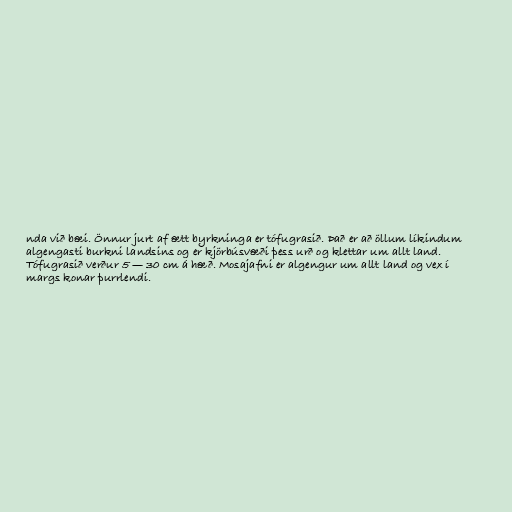
nda við bæi. Önnur jurt af ætt byrkninga er tófugrasið. Það er að öllum líkindum
algengasti burkni landsins og er kjörbúsvæði þess urð og klettar um allt land.
Tófugrasið verður 5 — 30 cm á hæð. Mosajafni er algengur um allt land og vex í
margs konar þurrlendi.